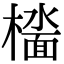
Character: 𫞑